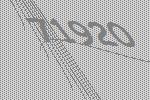
71920